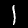
Label: 1